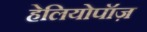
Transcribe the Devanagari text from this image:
हेलियोपॉज़